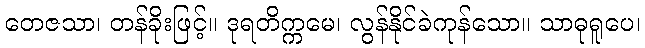
တေဇသာ၊ တန်ခိုးဖြင့်။ ဒုရတိက္ကမေ၊ လွန်နိုင်ခဲကုန်သော။ သာဓုရူပေ၊